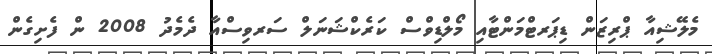
މެލޭޝިއާ ޕްރިޒަން ޑިޕަރޓްމަންޓާއި މޯލްޑިވްސް ކަރެކްޝަނަލް ސަރވިސްއާ ދެމެދު 2008 ން ފެށިގެން